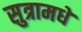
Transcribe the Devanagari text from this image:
सुत्रामधे